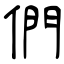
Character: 們